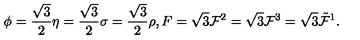
\phi = { \frac { \sqrt { 3 } } { 2 } } \eta = { \frac { \sqrt { 3 } } { 2 } } \sigma = { \frac { \sqrt { 3 } } { 2 } } \rho , F = \sqrt { 3 } { \cal F } ^ { 2 } = \sqrt { 3 } { \cal F } ^ { 3 } = \sqrt { 3 } \tilde { \cal F } ^ { 1 } .